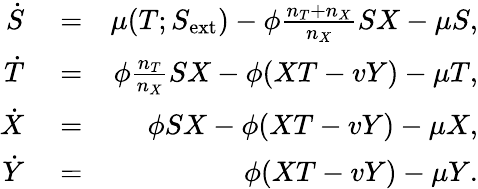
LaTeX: \begin{array}{rlr}{\dot{S}}&{{}=}&{\mu(T;S_{\mathrm{ext}})-\phi\frac{n_{T}+n_{X}}{n_{X}}SX-\mu S,}\\ {\dot{T}}&{{}=}&{\phi\frac{n_{T}}{n_{X}}SX-\phi(XT-vY)-\mu T,}\\ {\dot{X}}&{{}=}&{\phi SX-\phi(XT-vY)-\mu X,}\\ {\dot{Y}}&{{}=}&{\phi(XT-vY)-\mu Y.}\end{array}